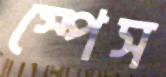
স্পেস